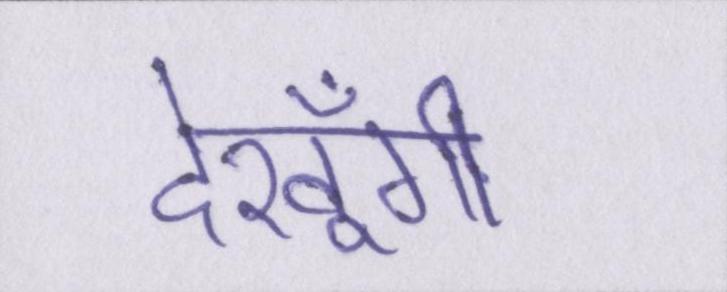
देखूँगी